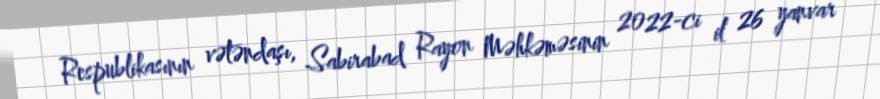
Respublikasının vətəndaşı, Sabirabad Rayon Məhkəməsinin 2022-ci il 26 yanvar